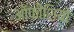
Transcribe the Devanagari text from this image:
ऑफीशियो